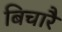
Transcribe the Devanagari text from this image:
बिचारै